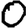
Digit: 0